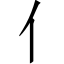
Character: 亻